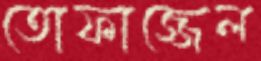
তোফাজ্জেল